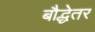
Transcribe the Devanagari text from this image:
बौद्धेतर